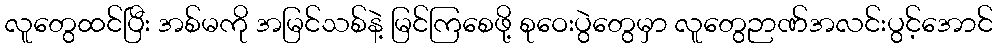
လူတွေထင်ပြီး အစ်မကို အမြင်သစ်နဲ့ မြင်ကြစေဖို့ စုဝေးပွဲတွေမှာ လူတွေဉာဏ်အလင်းပွင့်အောင်